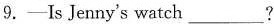
9.—Is Jenny's watch___ ?